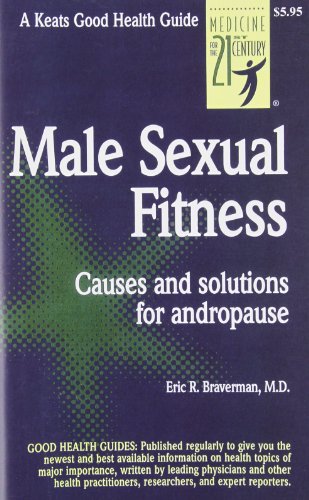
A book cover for Male Sexual Fitness; Eric Braverman; Health, Fitness & Dieting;